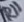
Text: R11R11